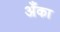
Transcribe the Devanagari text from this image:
अँका